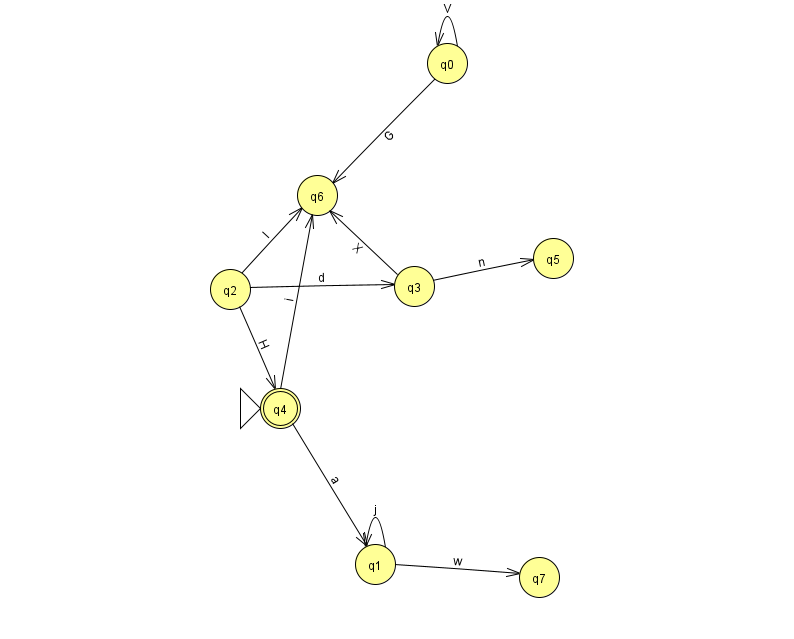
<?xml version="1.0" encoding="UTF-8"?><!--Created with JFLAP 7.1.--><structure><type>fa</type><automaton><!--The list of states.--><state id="0" name="q0"><x>447.0</x><y>50.0</y></state><state id="1" name="q1"><x>375.0</x><y>551.0</y></state><state id="2" name="q2"><x>230.0</x><y>276.0</y></state><state id="3" name="q3"><x>414.0</x><y>273.0</y></state><state id="4" name="q4"><x>280.0</x><y>395.0</y><initial/><final/></state><state id="5" name="q5"><x>553.0</x><y>245.0</y></state><state id="6" name="q6"><x>317.0</x><y>182.0</y></state><state id="7" name="q7"><x>539.0</x><y>564.0</y></state><!--The list of transitions.--><transition><from>2</from><to>3</to><read>d</read></transition><transition><from>3</from><to>5</to><read>n</read></transition><transition><from>0</from><to>6</to><read>G</read></transition><transition><from>0</from><to>0</to><read>V</read></transition><transition><from>1</from><to>7</to><read>w</read></transition><transition><from>4</from><to>1</to><read>a</read></transition><transition><from>1</from><to>1</to><read>j</read></transition><transition><from>2</from><to>4</to><read>H</read></transition><transition><from>2</from><to>6</to><read>l</read></transition><transition><from>3</from><to>6</to><read>X</read></transition><transition><from>4</from><to>6</to><read>i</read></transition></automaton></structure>